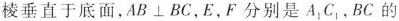
棱垂直于底面，AB⊥BC，E，F分别是 $$A_{1}C_{1},$$ BC的